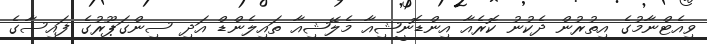
ވިއެޓްނާމުގެ އިތުރުން ދެކުނު ކޮރެއާ އިންޑޮނީޝިއާ މެލޭޝިއާ ތައިލެންޑް އަދި ސިންގަޕޫރުގެ ފައިސާގެ